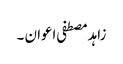
زاہد مصطفی اعوان ۔